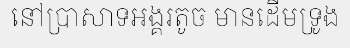
នៅប្រាសាទអង្គរតូច មានដើមទ្រូង